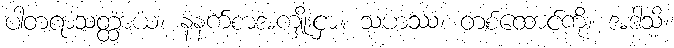
ပါတရာသတ္ထာယ၊ နံနက်စာအကျိုးငှာ။ သဟဿံ၊ တစ်ထောင်ကို။ အဒါသိ၊